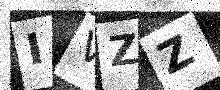
Text: IVZZ